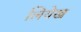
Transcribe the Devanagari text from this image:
लियेख